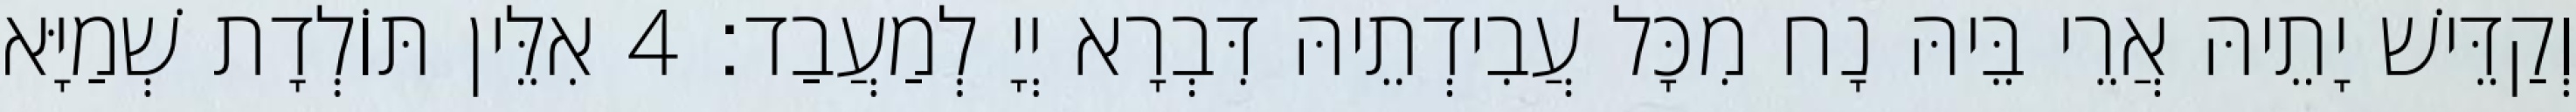
וְקַדֵּישׁ יָתֵיהּ אֲרֵי בֵּיהּ נָח מִכָּל עֲבִידְתֵיהּ דִּבְרָא יְיָ לְמַעֲבַד׃ 4 אִלֵּין תּוֹלְדָת שְׁמַיָּא